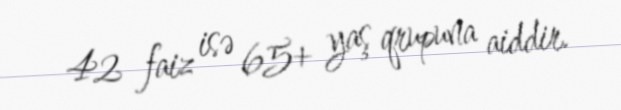
42 faiz isə 65+ yaş qrupuna aiddir.